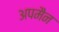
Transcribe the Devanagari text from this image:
अपमैन